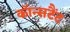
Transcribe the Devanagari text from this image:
कॉन्सटैंट